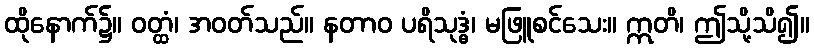
ထိုနောက်၌။ ဝတ္ထံ၊ အဝတ်သည်။ နတာဝ ပရိသုဒ္ဓံ၊ မဖြူစင်သေး။ ဣတိ၊ ဤသို့သိ၍။